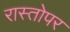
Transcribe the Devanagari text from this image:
रास्तोपर